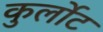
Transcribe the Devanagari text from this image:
कुर्लोट